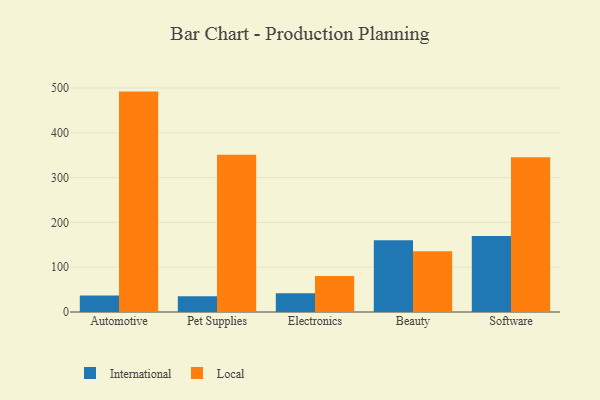
{"axis": {"x": "Category", "y": "Net Income (USD K)"}, "legend": ["International", "Local"], "data": [{"x": "Automotive", "y": 36.9, "type": "International"}, {"x": "Automotive", "y": 492.0, "type": "Local"}, {"x": "Pet Supplies", "y": 35.3, "type": "International"}, {"x": "Pet Supplies", "y": 351.3, "type": "Local"}, {"x": "Electronics", "y": 42.1, "type": "International"}, {"x": "Electronics", "y": 80.6, "type": "Local"}, {"x": "Beauty", "y": 160.3, "type": "International"}, {"x": "Beauty", "y": 135.8, "type": "Local"}, {"x": "Software", "y": 169.4, "type": "International"}, {"x": "Software", "y": 345.7, "type": "Local"}]}